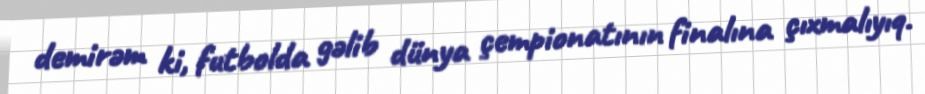
demirəm ki, futbolda gəlib dünya çempionatının finalına çıxmalıyıq.